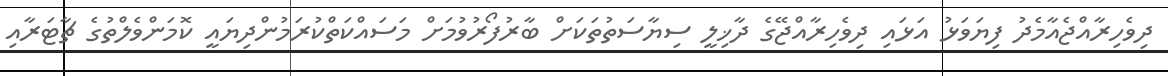
ދިވެހިރާއްޖެއާމެދު ފިޔަވަޅު އަޅައި ދިވެހިރާއްޖޭގެ ދާޚިލީ ސިޔާސަތުތަކަށް ބާރުފޯރުވުމަށް މަސައްކަތްކުރަމުންދިޔައީ ކޮމަންވެލްތުގެ ޗާޓަރާއި